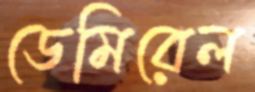
ডেমিরেল